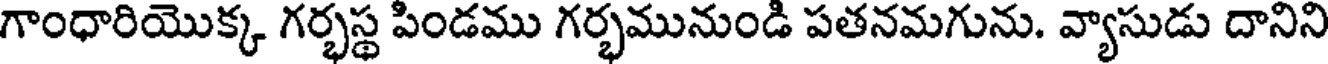
గాంధారియొక్క గర్భస్థ పిండము గర్భమునుండి పతనమగును. వ్యాసుడు దానిని